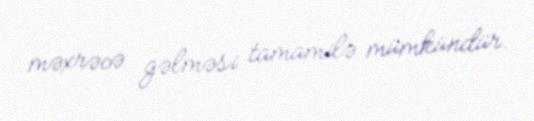
məxrəcə gəlməsi tamamilə mümkündür.